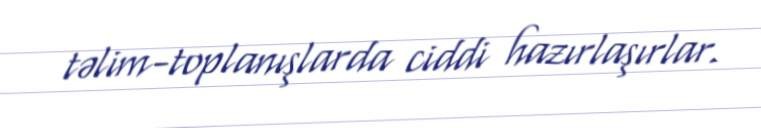
təlim-toplanışlarda ciddi hazırlaşırlar.